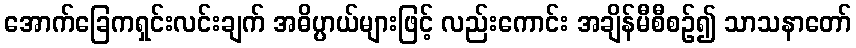
အောက်ခြေကရှင်းလင်းချက် အဓိပ္ပာယ်များဖြင့် လည်းကောင်း အချိန်မီစီစဉ်၍ သာသနာတော်